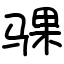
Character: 骒